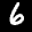
Label: 6